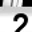
Digit: 2